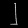
Digit: ၂